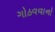
ગોઠવવાનો